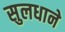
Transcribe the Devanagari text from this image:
सुलधाने